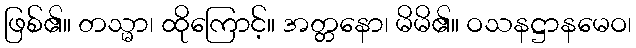
ဖြစ်၏။ တသ္မာ၊ ထိုကြောင့်။ အတ္တနော၊ မိမိ၏။ ဝသနဋ္ဌာနမေဝ၊